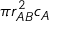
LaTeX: \pi r _ { A B } ^ { 2 } c _ { A }